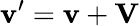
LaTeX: \mathbf{v}^{\prime}=\mathbf{v}+\mathbf{V}